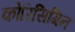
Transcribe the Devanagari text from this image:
कोरिसिगिन